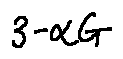
3 - \alpha G